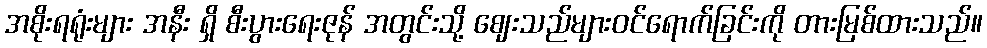
အစိုးရရုံးများ အနီး ရှိ စီးပွားရေးဇုန် အတွင်းသို့ ဈေးသည်များဝင်ရောက်ခြင်းကို တားမြစ်ထားသည်။